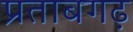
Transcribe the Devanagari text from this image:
प्रताबगढ़